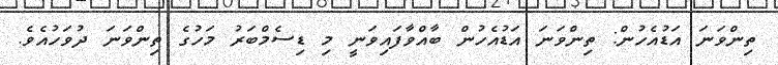
ތިންވަނަ އަޑުއެހުން: ތިންވަނަ އަޑުއެހުން ބާއްވާފައިވަނީ މި ޑިސެމްބަރު މަހުގެ ތިންވަނަ ދުވަހުއެެވެ.